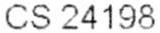
CS 24198